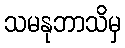
သမနုဘာသိမှ